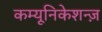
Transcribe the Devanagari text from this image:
कम्यूनिकेशन्ज़